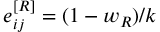
e _ { i j } ^ { [ R ] } = ( 1 - w _ { R } ) / k